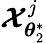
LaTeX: \boldsymbol{\mathcal{X}}_{\boldsymbol{\theta}_{2}^{\ast}}^{j}